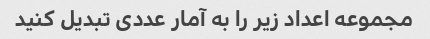
مجموعه اعداد زیر را به آمار عددی تبدیل کنید